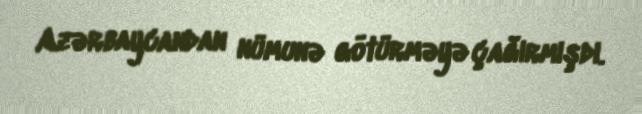
Azərbaycandan nümunə götürməyə çağırmışdı.